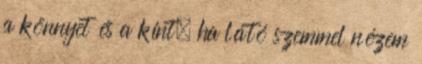
a könnyet és a kínt, ha látó szemmel nézem